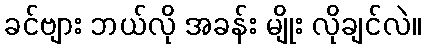
ခင်ဗျား ဘယ်လို အခန်း မျိုး လိုချင်လဲ။